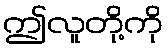
ဤလူတို့ကို